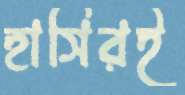
হাসিরই